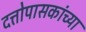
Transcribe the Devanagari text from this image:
दत्तोपासकांच्या